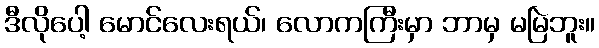
ဒီလိုပေါ့ မောင်လေးရယ်၊ လောကကြီးမှာ ဘာမှ မမြဲဘူး။